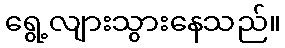
ရွေ့လျားသွားနေသည်။